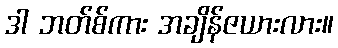
ဒါ ဘတ်စ်ကား အချိန်ဇယားလား။